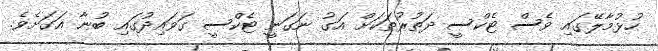
ހުޅުމާލޭގައި ވެސް ޓެކްސީ ދަތުރުތަކަށް އަގު ނަގަނީ ޓެކްސީ ގަވައިދުގައި ބުނާ އަގަށެވެ.